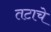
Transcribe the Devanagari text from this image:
तटाचे